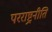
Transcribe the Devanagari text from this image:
परराष्ट्रनीति